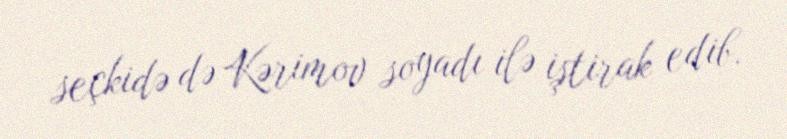
seçkidə də Kərimov soyadı ilə iştirak edib.